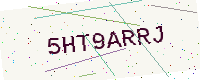
Text: 5HT9ARRJ